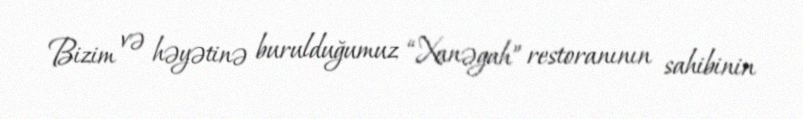
Bizim və həyətinə burulduğumuz “Xanəgah” restoranının sahibinin